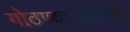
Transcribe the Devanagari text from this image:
गोठण्यासाठीचे